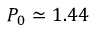
P _ { 0 } \simeq 1 . 4 4